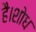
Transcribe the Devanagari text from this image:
है।शोध